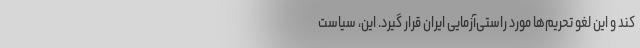
کند و این لغو تحریم‌ها مورد راستی‌آزمایی ایران قرار گیرد. این، سیاست